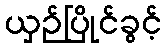
ယှဉ်ပြိုင်ခွင့်